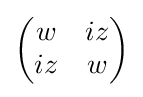
{\begin{pmatrix}w&iz\\iz&w\end{pmatrix}}